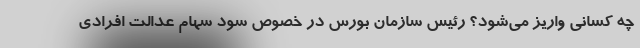
چه کسانی واریز می‌شود؟ رئیس سازمان بورس در خصوص سود سهام عدالت افرادی